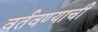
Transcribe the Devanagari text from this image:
वर्तवण्याची